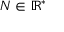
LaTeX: N \in \mathbb { R } ^ { * }